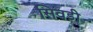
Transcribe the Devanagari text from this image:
सिवड़ी